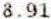
8.91